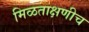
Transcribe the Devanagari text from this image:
मिळताक्षणीच